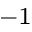
^ { - 1 }